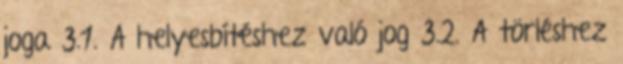
joga 3.1. A helyesbítéshez való jog 3.2. A törléshez